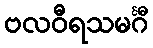
ဗလဝီရသမင်္ဂီ